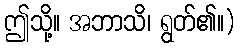
ဤသို့။ အဘာသိ၊ ရွတ်၏။)